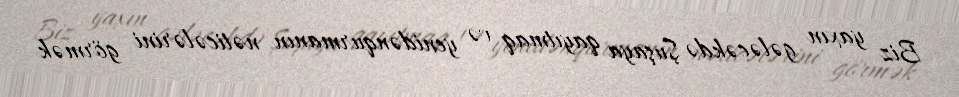
Biz yaxın gələcəkdə Şuşaya qayıtmaq və yenidənqurmanın nəticələrini görmək